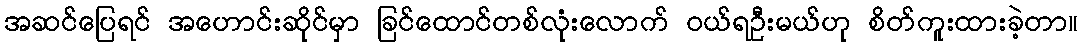
အဆင်ပြေရင် အဟောင်းဆိုင်မှာ ခြင်ထောင်တစ်လုံးလောက် ဝယ်ရဦးမယ်ဟု စိတ်ကူးထားခဲ့တာ။